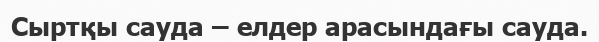
Сыртқы сауда – елдер арасындағы сауда.